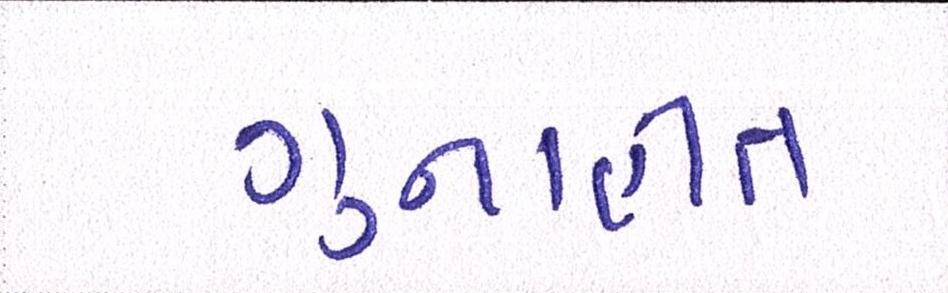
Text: ગુનાહીત